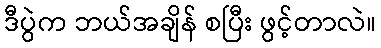
ဒီပွဲက ဘယ်အချိန် စပြီး ဖွင့်တာလဲ။